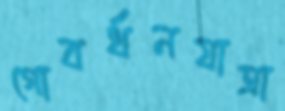
গোবর্ধনযাত্রা